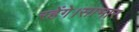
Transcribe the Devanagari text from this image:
रहेंगे।साभार